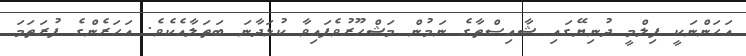
އަހަންނަކީ ފިލްމީ ދުނިޔޭގައި ޝާއިސްތާގެ ނަމުން މަޝްހޫރުވެފައިވާ ކުޅަދާނަ ބަތަލާއެކެވެ. އަހަރެންގެ ފުރަތަމަ